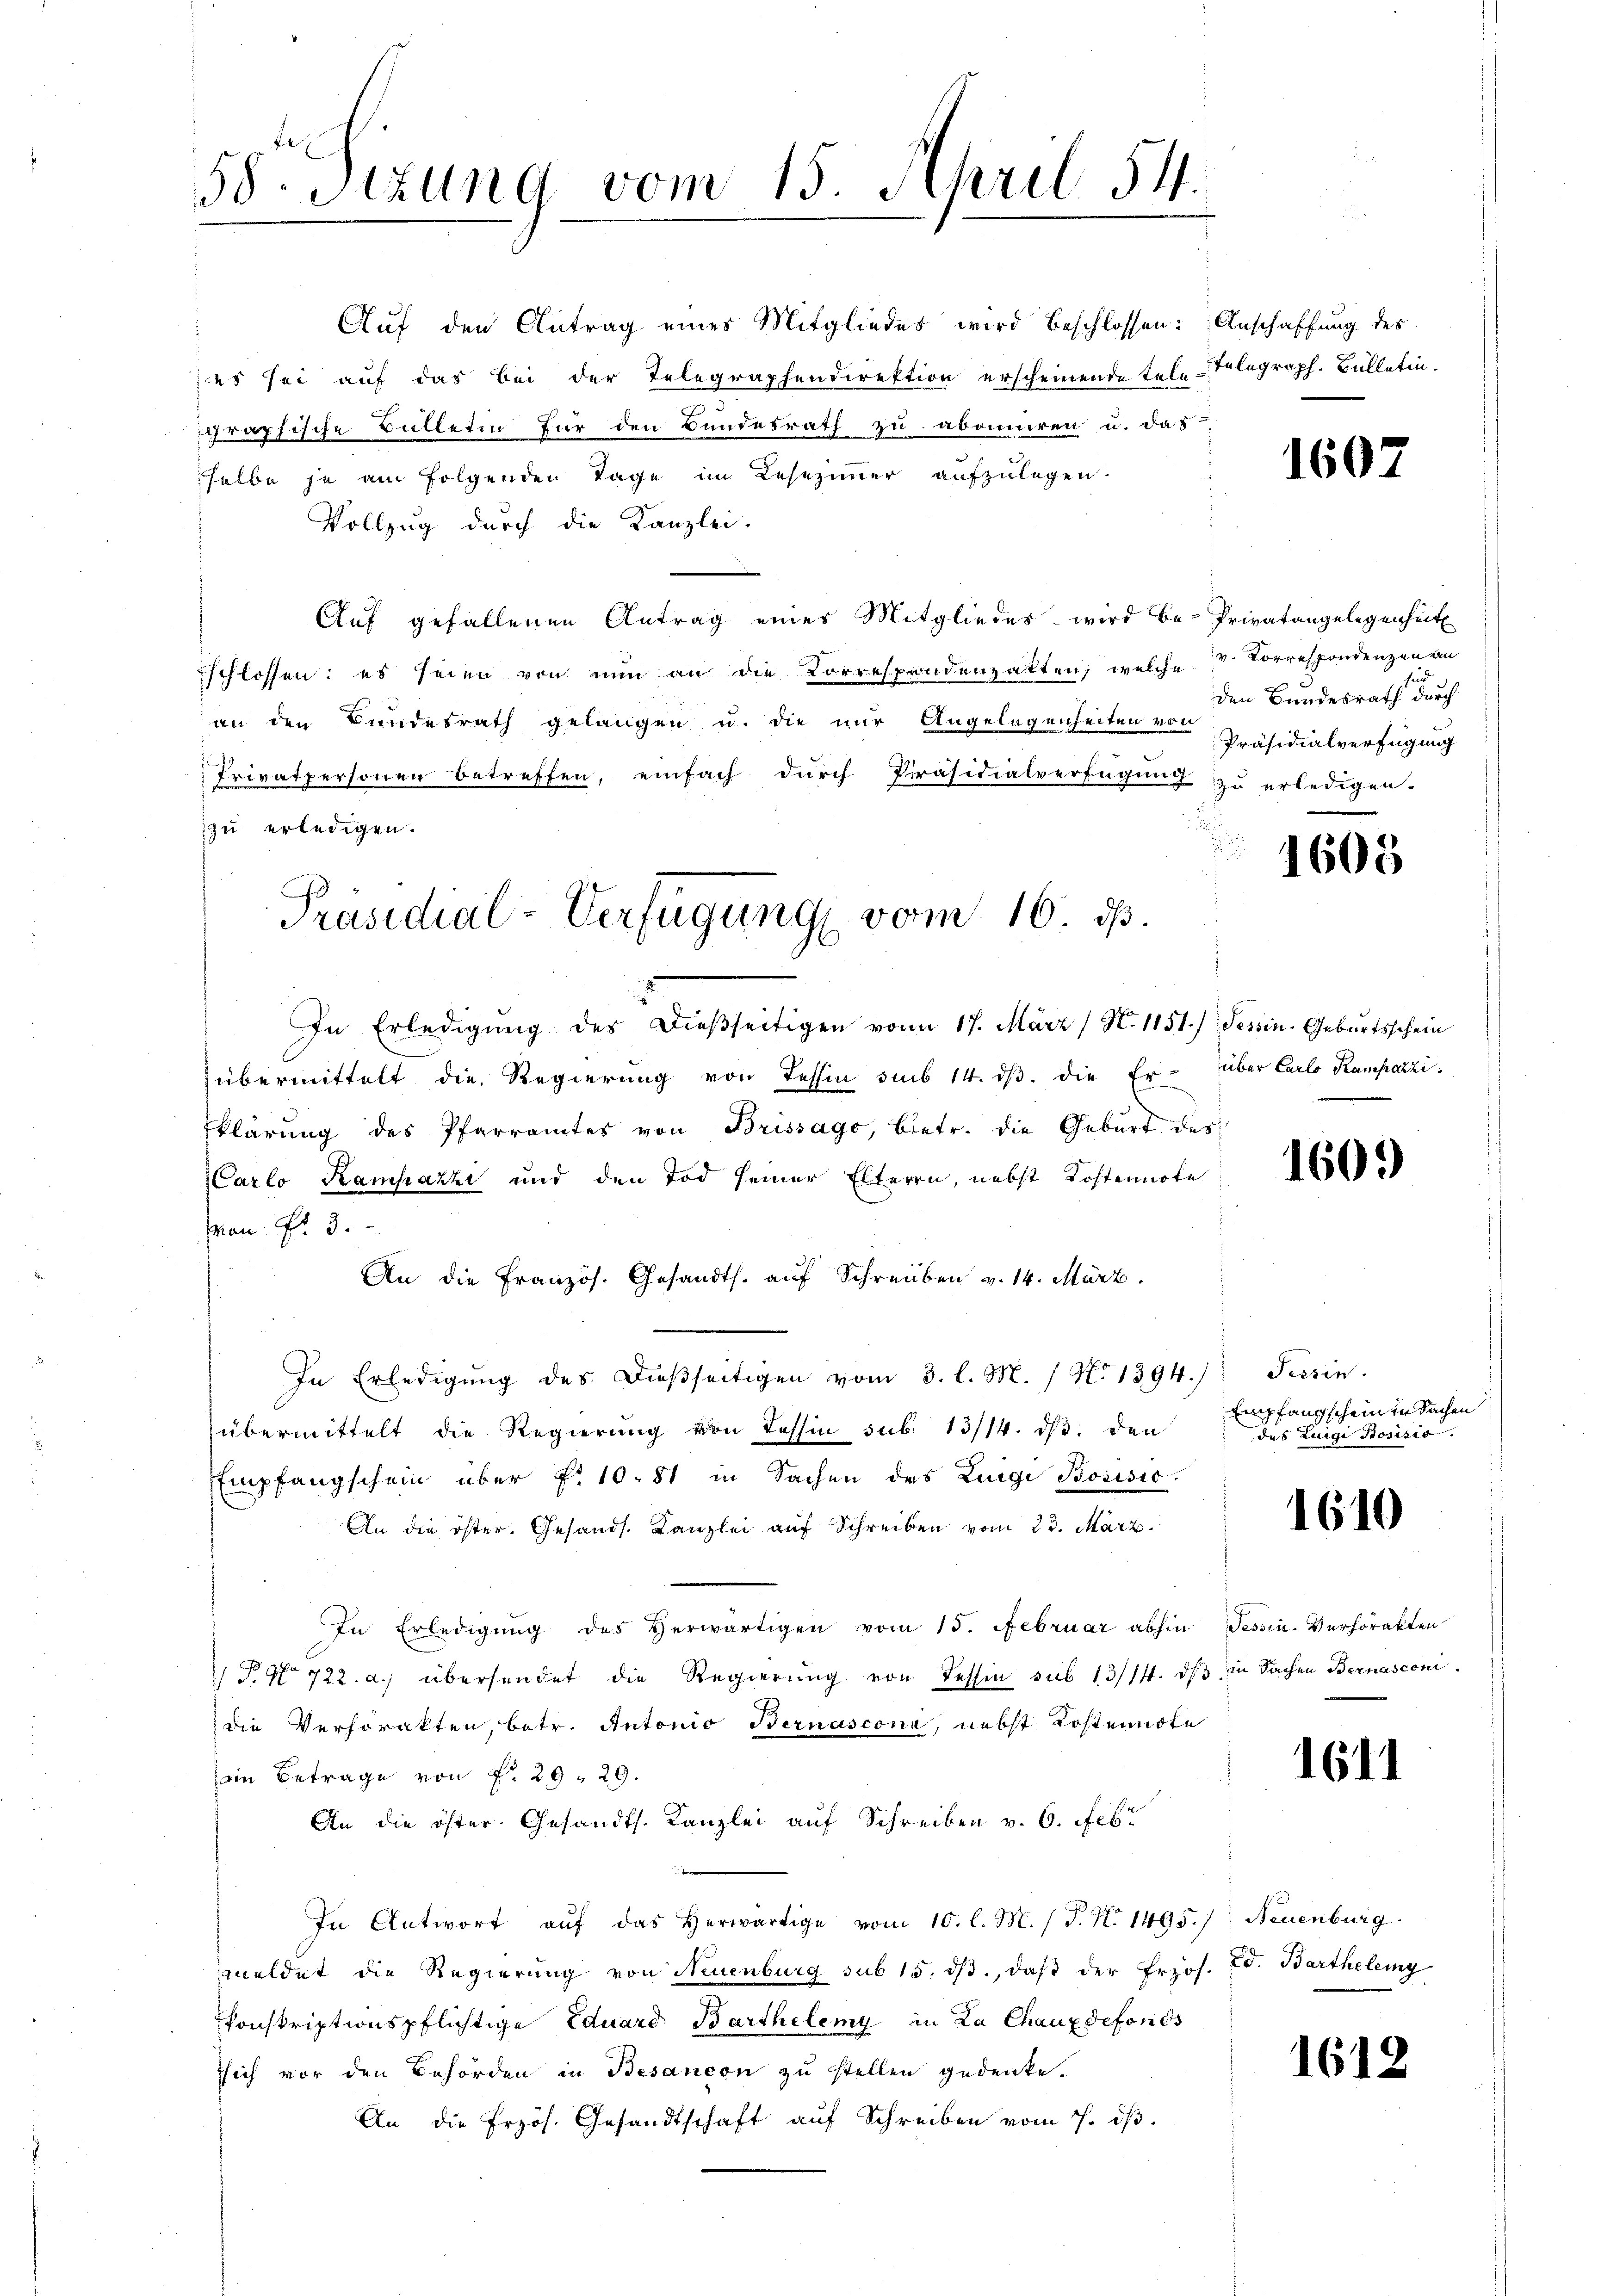
58. Sitzung vom 15. April 54.

Präsidial-Verfügung vom 16. d.

Auf den Antrag eines Mitgliedes wird beschlossen: Anschaffung des

es sei auf das bei der Telegraphendirektion erscheinende Tele-Telegraph. Bulletin.
graphische Bülletin für den Bundesrath zu abonniren u. das
selbe ja am folgenden Tage im Lesezimmer aufzulegen.
Vollzug durch die Kanzlei.
Auf gefallenen Antrag eines Mitgliedes wird be- Privatangelegenheit
schlossen: es seien von nun an die Korrespondenzakten, welche V. Correspondenzen an
an den Bundesrath gelangen u. die nur Angelegenheiten von Präsidialverfügung
Privatpersonen betreffen, einfach durch Präsidialverfügung
zu erledigen.
In Erledigŭng des dießseitigen von 17. März (N. 1151) Tessin. Geburtsschein
übermittelt die Regierung von Tessin sub 14. dβ. die Er- über Carlo Kamparzi¬
Eklärung des Pfarramtes von Brissago, betr. die Geburt des
Carlo Kampazzi und den Tod seiner Elteren, nebst Kostennote
Man fr. 3.
An die Französ. Gesandts. auf Schreiben v. 14. März.
In Erledigŭng des dieβseitigen vom 3. l. M. / N. 1394.) Tessin.
übermittelt die Regierŭng von Tessin sub. 13/14. dβ. den
Empfangschein über f. 10. 81 in Sachen des Luigi Bosisio
An die öster. Gesandt. Kanzlei auf Schreiben vom 23. März.
In Erledigung des Herwärtigen vom 15. Februar abhin Tessin. Verhörakten
 P. No 722. a.) übersendet die Regierung von Tessin sub 13/14. dß in Sachen Bernasconi
die Verforakten, betr. Antonio Bernasconi, nebst Kostenndte
ein Betrage von f. 29. 29.
An die öster Gesandts. Kanzlei auf Schreiben v. 6. Febr
In Antwort aŭf das herwärtige vom 10. l. M. (T. N. 1495.); Neuenburg.
meldet die Regierung von Neuenburg sub 15. ds., daß der Erzös. Ed. Bartheleig
konskriptionspflichtige Eduard Barthelemy in La Chauxdefonds
sich vor den Behörden in Besancon zu stellen gedenke.
An die Przös. Gesandtschaft auf Schreiben vom 7. dβ.

160.

sind
den Bundesrath durch
zu erledigen.

1605

1609

Empfangschein in Sachen
des Luigi Bosisia

1610

1611

161.